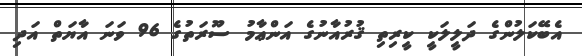
އެބޭކަލުންގެ ދަލީލަކީ ކީރިތި ޤުރުއާނުގެ އަންޢާމު ސޫރަތުގެ 96 ވަނަ އާޔަތް އަދި